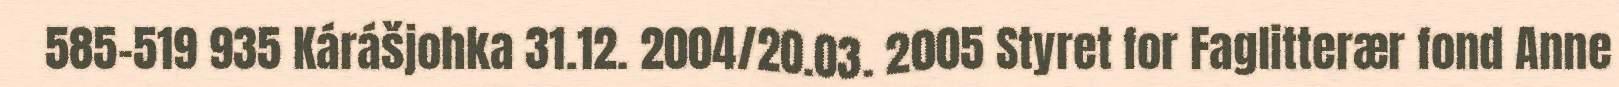
585-519 935 Kárášjohka 31.12. 2004/20.03. 2005 Styret for Faglitterær fond Anne